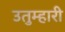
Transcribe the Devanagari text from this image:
उतुम्हारी